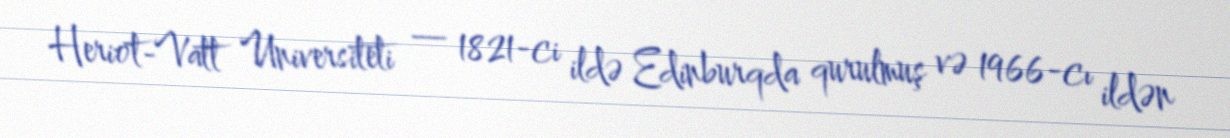
Heriot-Vatt Universiteti — 1821-ci ildə Edinburqda qurulmuş və 1966-cı ildən